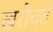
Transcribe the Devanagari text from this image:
खरोंचते